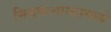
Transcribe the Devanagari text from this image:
मिथकशास्त्रामध्ये